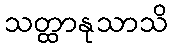
သတ္ထာနုသာသိ